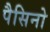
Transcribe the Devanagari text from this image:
पैसिनो